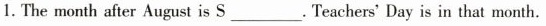
1. The month after August is S___.Teachers' Day is in that month.